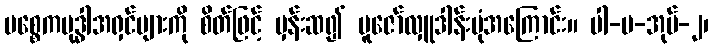
ပစ္စေကဗုဒ္ဓါအရှင်များကို စိတ်ဖြင့် မှန်းဆ၍ ပူဇော်လှူဒါန်းပုံအကြောင်း။ ပါ-ပ-အုပ်-၂၊